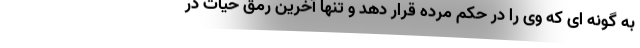
به گونه ای که وی را در حکم مرده قرار دهد و تنها آخرین رمق حیات در